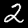
Label: 2